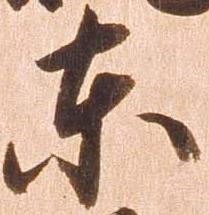
東